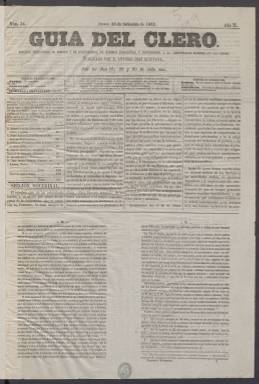
Título: Guía del clero
Colección: Religión
Ámbito geográfico: Madrid
Lugar de publicación: Madrid
Fechas: 10/09/1863-30/09/1864